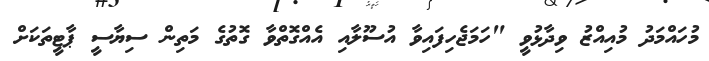
މުހައްމަދު މުއިއްޒު ވިދާޅުވީ "ހަމަޖެހިފައިވާ އުސޫލާއި އެއްގޮތްވާ ގޮތުގެ މަތިން ސިޔާސީ ޕާޓީތަކަށް